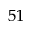
^ { 5 1 }